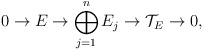
\begin{align*}0 \rightarrow E \rightarrow \bigoplus_{j=1}^n E_j \rightarrow \mathcal{T}_E \rightarrow 0,\end{align*}